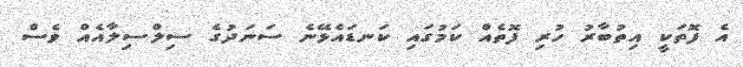
އެ ފޮތަކީ އިތުބާރު ހުރި ފޮތެއް ކަމުގައި ކަނޑައެޅޭނެ ސަނަދުގެ ސިލްސިލާއެއް ވެސް